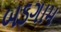
બડગામ